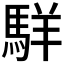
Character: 𩣆